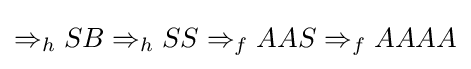
\Rightarrow _{h}SB\Rightarrow _{h}SS\Rightarrow _{f}AAS\Rightarrow _{f}AAAA